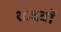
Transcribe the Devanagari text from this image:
१८६वॉ